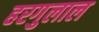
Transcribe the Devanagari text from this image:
हरगुलाल